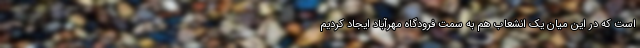
است که در این میان یک انشعاب هم به سمت فرودگاه مهرآباد ایجاد کردیم